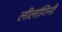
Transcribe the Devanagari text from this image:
लीलांगिनी